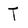
Character: T